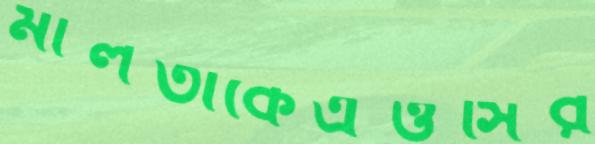
মালতীকেএওসির